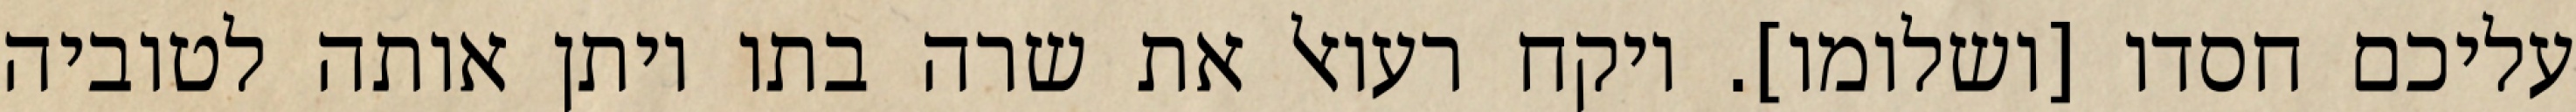
עליכם חסדו [ושלומו]. ויקח רעואל את שרה בתו ויתן אותה לטוביה